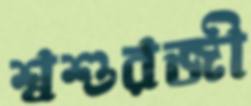
শ্বশুরজী